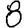
Digit: 8